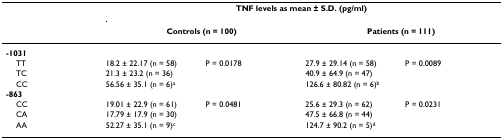
<table><thead><tr><td>[EMPTY_CELL]</td><td colspan="4"><b>TNF levels as mean ± S.D. (pg/ml)</b></td></tr><tr><td>[EMPTY_CELL]</td><td colspan="2"><b>Controls (n = 100)</b></td><td colspan="2"><b>Patients (n = 111)</b></td></tr></thead><tbody><tr><td><b>-1031</b></td><td>[EMPTY_CELL]</td><td>[EMPTY_CELL]</td><td>[EMPTY_CELL]</td><td>[EMPTY_CELL]</td></tr><tr><td> TT</td><td>18.2 ± 22.17 (n = 58)</td><td>P = 0.0178</td><td>27.9 ± 29.14 (n = 58)</td><td>P = 0.0089</td></tr><tr><td> TC</td><td>21.3 ± 23.2 (n = 36)</td><td>[EMPTY_CELL]</td><td>40.9 ± 64.9 (n = 47)</td><td>[EMPTY_CELL]</td></tr><tr><td> CC</td><td>56.56 ± 35.1 (n = 6)<sup>a</sup></td><td>[EMPTY_CELL]</td><td>126.6 ± 80.82 (n = 6)<sup>b</sup></td><td>[EMPTY_CELL]</td></tr><tr><td><b>-863</b></td><td>[EMPTY_CELL]</td><td>[EMPTY_CELL]</td><td>[EMPTY_CELL]</td><td>[EMPTY_CELL]</td></tr><tr><td> CC</td><td>19.01 ± 22.9 (n = 61)</td><td>P = 0.0481</td><td>25.6 ± 29.3 (n = 62)</td><td>P = 0.0231</td></tr><tr><td> CA</td><td>17.79 ± 17.9 (n = 30)</td><td>[EMPTY_CELL]</td><td>47.5 ± 66.8 (n = 44)</td><td>[EMPTY_CELL]</td></tr><tr><td> AA</td><td>52.27 ± 35.1 (n = 9)<sup>c</sup></td><td>[EMPTY_CELL]</td><td>124.7 ± 90.2 (n = 5)<sup>d</sup></td><td>[EMPTY_CELL]</td></tr></tbody></table>